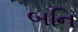
બનિ